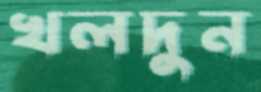
খলদুন